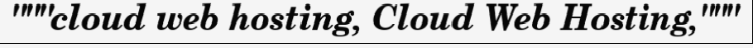
"""cloud web hosting, Cloud Web Hosting,"""